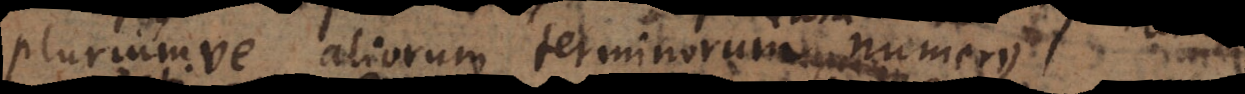
pluriumve aliorum terminorum, numerus